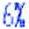
6%